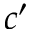
c ^ { \prime }